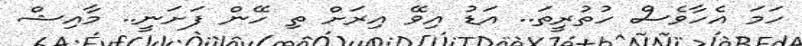
ހަމަ އެހާވެސް ހުތުރީތަ.. އަޑު އިވޭ އިރަށް ތި ހޭން ފަށަނީ.. މާއިޝް